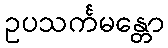
ဥပသင်္ကမန္တော